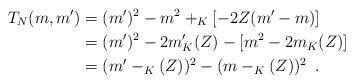
LaTeX: \begin{align*} T_N(m,m')&=(m')^2-m^2+_K[-2Z(m'-m)]\\&=(m')^2-2m'_K(Z)-[m^2-2m_K(Z)]\\&=(m'-_K(Z))^2-(m-_K(Z))^2\enspace. \end{align*}